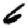
Digit: 6